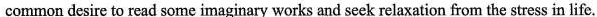
common desire to read some imaginary works and seek relaxation from the stress in life.